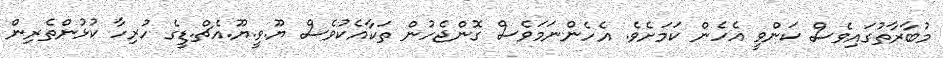
މުބާރާތުގައިވެސް ކަންވީ އެހެން ކަމަށެވެ. އެހެންނަމަވެސް ގޮންޖެހުން ތަކާއެކުވެސް ޔޫ.ވީ.ޔޫ.އެޗް.ޑީގެ ހުރިހާ ކުޅުންތެރިން